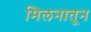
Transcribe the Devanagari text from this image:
मिलनातून